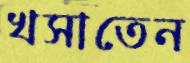
খসাতেন